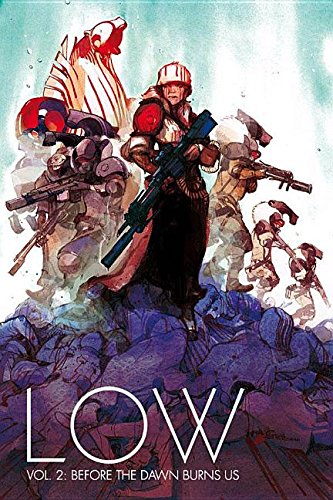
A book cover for Low Volume 2 (Low Tp); Rick Remender; Comics & Graphic Novels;